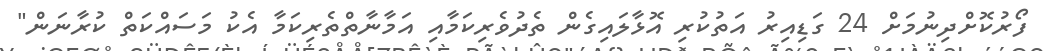
ފޯރުކޮށްދިނުމަށް 24 ގަޑިއިރު އަތުކުރި އޮޅާލައިގެން ތެދުވެރިކަމާއި އަމާނާތްތެރިކަމާ އެކު މަސައްކަތް ކުރާނަން"